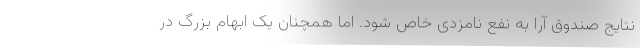
نتایج صندوق آرا به نفع نامزدی خاص شود. اما همچنان یک ابهام بزرگ در